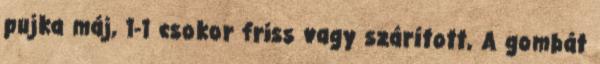
pujka máj, 1-1 csokor friss vagy szárított, A gombát